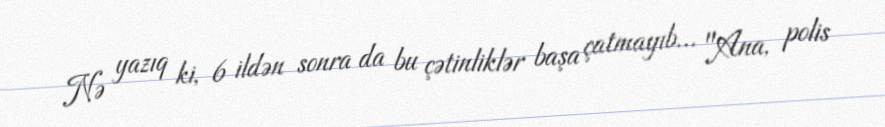
Nə yazıq ki, 6 ildən sonra da bu çətinliklər başa çatmayıb... "Ana, polis